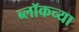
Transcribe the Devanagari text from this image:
ब्लॉकच्या